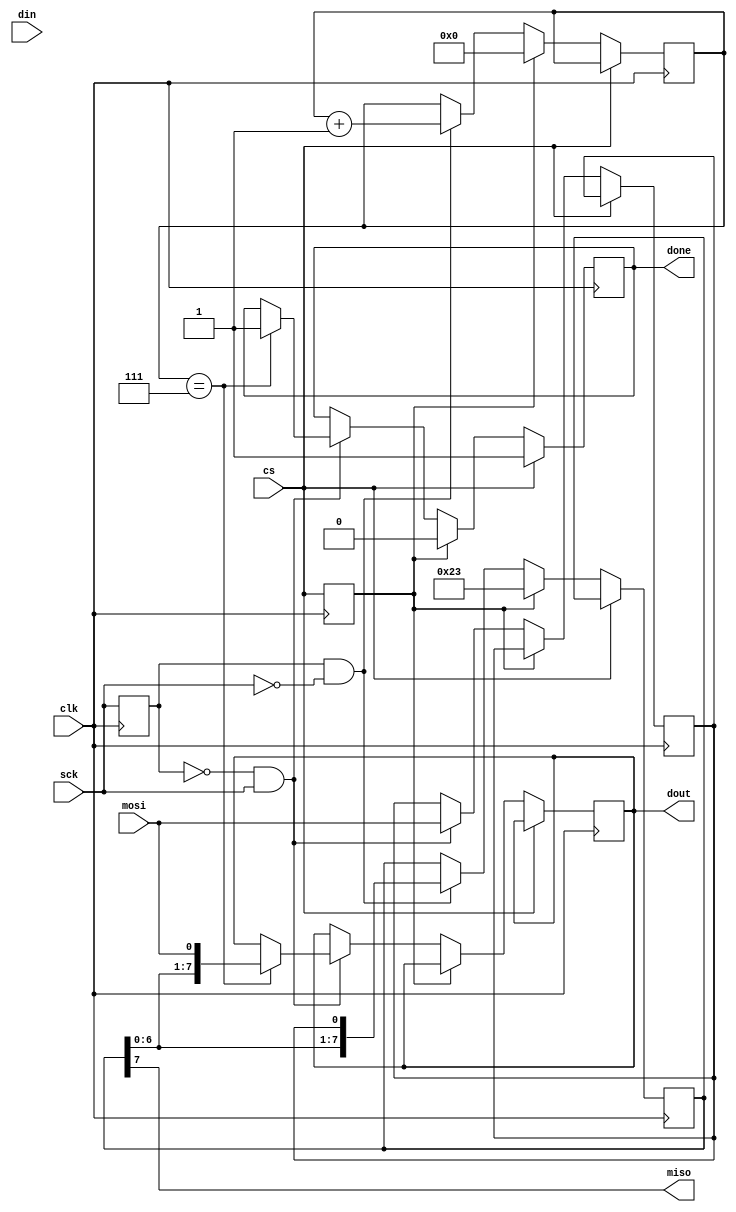
module spi_slave_simpler2(clk, cs, mosi, miso, sck, done, din, dout);
	parameter bc=8;	// bit count
	
	input clk;
	input cs;	// active low
	input mosi;
	output miso;
	input sck;
	output reg done;
	input [bc-1:0] din;
	output reg [bc-1:0] dout;
	
	reg [bc-1:0] shift_reg;
	reg prev_cs, prev_sck;
	reg mosi_sample;
	reg [7:0] shift_count;
	
	assign miso = shift_reg[bc-1];

	always @(posedge clk) begin
		if (~cs) begin
			if (prev_cs) begin
				// falling cs edge - start spi transfer
				done <= 0;
				shift_reg[bc-1:0] <= 8'h23; //din[bc-1:0];
				shift_count <= 0;
			end else begin
				if (~prev_sck && sck) begin
					// rising sck edge - sample mosi
					mosi_sample <= mosi;
					if (shift_count == bc-1) begin
						dout <= {shift_reg[bc-2:0], mosi};
						done <= 1;
					end
				end 
				if (prev_sck && ~sck) begin
					// falling sck edge - shift in/out one bit
					shift_reg[bc-1:0] <= {shift_reg[bc-2:0], mosi_sample};
					shift_count <= shift_count + 1;
				end
			end
		end else begin
			done <= 1;
		end
		prev_cs <= cs;
		prev_sck <= sck;
	end
endmodule